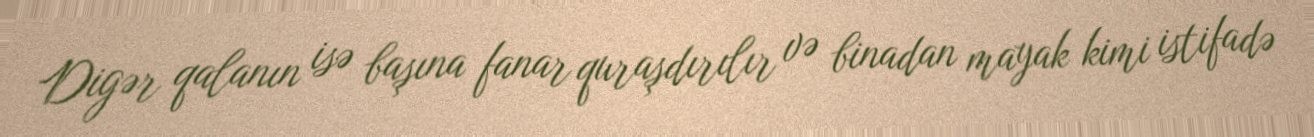
Digər qalanın isə başına fanar quraşdırılır və binadan mayak kimi istifadə